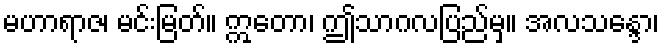
မဟာရာဇ၊ မင်းမြတ်။ ဣတော၊ ဤသာဂလပြည်မှ။ အလသန္ဒော၊